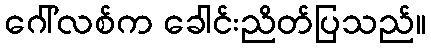
ဂေါ်လစ်က ခေါင်းညိတ်ပြသည်။